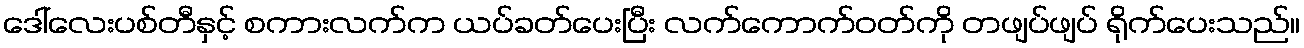
ဒေါ်လေးပစ်တီနှင့် စကားလက်က ယပ်ခတ်ပေးပြီး လက်ကောက်ဝတ်ကို တဖျပ်ဖျပ် ရိုက်ပေးသည်။